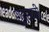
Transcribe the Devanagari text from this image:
शूद्रघरीं